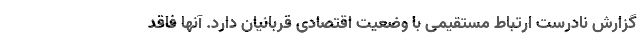
گزارش نادرست ارتباط مستقیمی با وضعیت اقتصادی قربانیان دارد. آنها فاقد